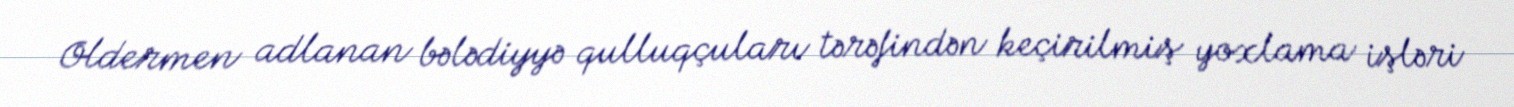
Oldermen adlanan bələdiyyə qulluqçuları tərəfindən keçirilmiş yoxlama işləri